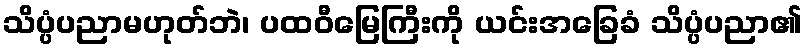
သိပ္ပံပညာမဟုတ်ဘဲ၊ ပထဝီမြေကြီးကို ယင်းအခြေခံ သိပ္ပံပညာ၏